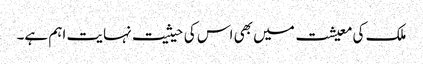
ملک کی معیشت میں بھی اس کی حیثیت نہایت اہم ہے۔